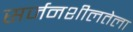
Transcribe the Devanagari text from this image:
सर्जनशीलतेला